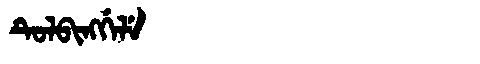
Manchu: ᡨᡠᠯᠪᡳᠩᡤᡝᠯᡝ
Romanization: TULBINGGELE